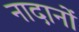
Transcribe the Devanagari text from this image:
नादानों